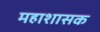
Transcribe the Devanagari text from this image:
महाशासक